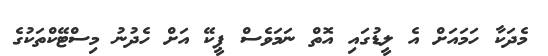
މެދަކާ ހަމައަށް އެ ލީޑުގައި އޮތް ނަމަވެސް ޕީކޭ އަށް ހެދުނު މިސްޓޭކްތަކުގެ